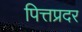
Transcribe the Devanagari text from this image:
पित्तप्रदर